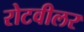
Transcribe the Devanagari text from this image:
रोटवीलर